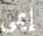
إيمي